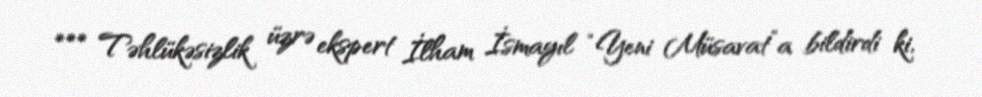
*** Təhlükəsizlik üzrə ekspert İlham İsmayıl “Yeni Müsavat”a bildirdi ki,